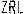
ZRL